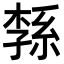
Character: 𦁝